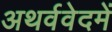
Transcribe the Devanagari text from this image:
अथर्ववेदमें